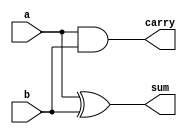
module half_adder(sum, carry, a, b); 
input a, b; 
output sum, carry; 
xor sum1(sum, a, b); 
and carry1(carry, a, b); 
endmodule